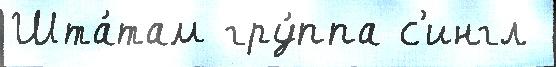
Шта́там гру́ппа с'ингл